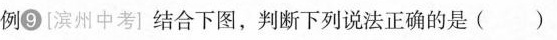
例9[滨州中考]结合下图，判断下列说法正确的是( )